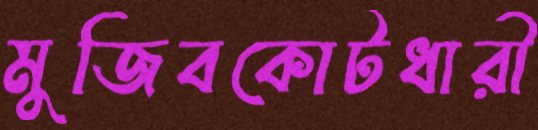
মুজিবকোটধারী